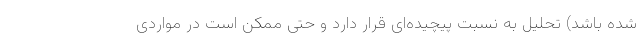
شده باشد) تحلیل به نسبت پیچیده‌ای قرار دارد و حتی ممکن است در مواردی